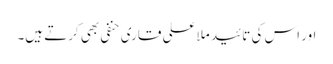
اور اس کی تائید ملا علی قاری حنفی بھی کرتے ہیں۔